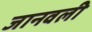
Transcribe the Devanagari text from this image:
जानवली